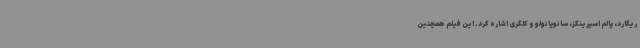
ریگارد، پالم اسپرینگز، سائوپائولو و کلگری اشاره کرد. این فیلم همچنین